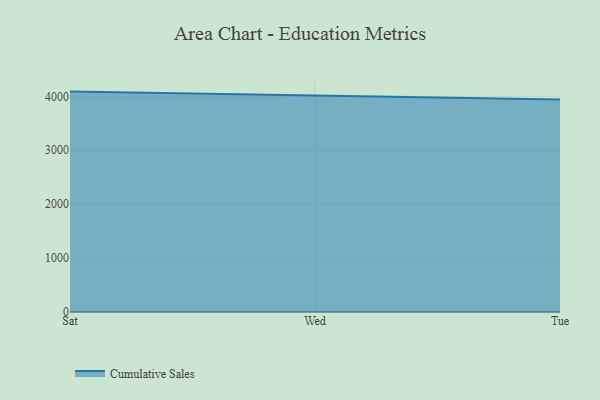
{"axis": {"x": "Day", "y": "Customer Acquisition Cost (USD)"}, "legend": ["Cumulative Sales"], "data": [{"x": "Sat", "y": 4088.5, "type": "Cumulative Sales"}, {"x": "Wed", "y": 4013.0, "type": "Cumulative Sales"}, {"x": "Tue", "y": 3942.4, "type": "Cumulative Sales"}]}